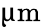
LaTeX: \upmu\textrm{m}